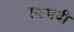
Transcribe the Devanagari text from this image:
रणभेदी